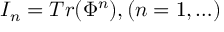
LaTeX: { \cal I } _ { n } = T r ( \Phi ^ { n } ) , ( n = 1 , \ldots )